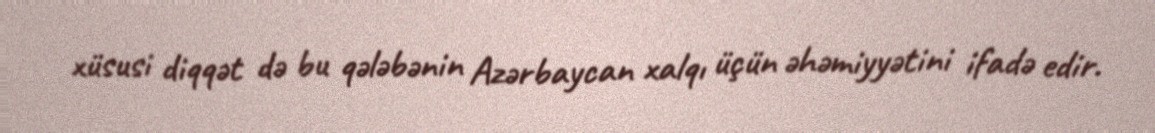
xüsusi diqqət də bu qələbənin Azərbaycan xalqı üçün əhəmiyyətini ifadə edir.